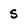
Character: S